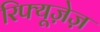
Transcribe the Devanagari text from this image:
रिफ्यूज़ेज़